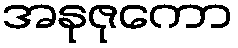
အနုဇုကော